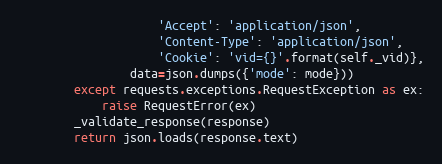
Language: Python
                    'Accept': 'application/json',
                    'Content-Type': 'application/json',
                    'Cookie': 'vid={}'.format(self._vid)},
                data=json.dumps({'mode': mode}))
        except requests.exceptions.RequestException as ex:
            raise RequestError(ex)
        _validate_response(response)
        return json.loads(response.text)